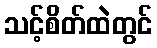
သင့်စိတ်ထဲတွင်